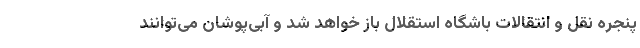
پنجره نقل و انتقالات باشگاه استقلال باز خواهد شد و آبی‌پوشان می‌توانند